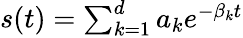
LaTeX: \begin{array}{r}{s(t)=\sum_{k=1}^{d}a_{k}e^{-\beta_{k}t}}\end{array}